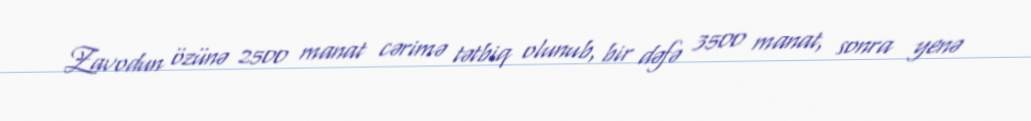
Zavodun özünə 2500 manat cərimə tətbiq olunub, bir dəfə 3500 manat, sonra yenə